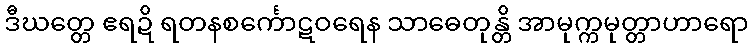
ဒီဃတ္တေ ဧရဍိ ရတနစင်္ကောဋဝရေန သာဓေတုန္တိ အာမုက္ကမုတ္တာဟာရော